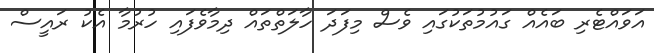
އަވައްޓެރި ބައެއް ގައުމުތަކުގައި ވެސް މިފަދަ ހާލަތްތައް ދިމާވެފައި ހުރުމާ އެކު ރައީސް